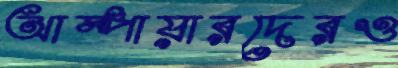
আম্পায়ারদেরও